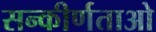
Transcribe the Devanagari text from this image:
सन्कीर्णताओ